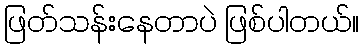
ဖြတ်သန်းနေတာပဲ ဖြစ်ပါတယ်။